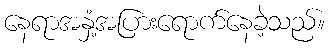
နေရာအနှံ့အပြားရောက်နေခဲ့သည်။